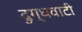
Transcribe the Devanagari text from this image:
दुग्धवाटी